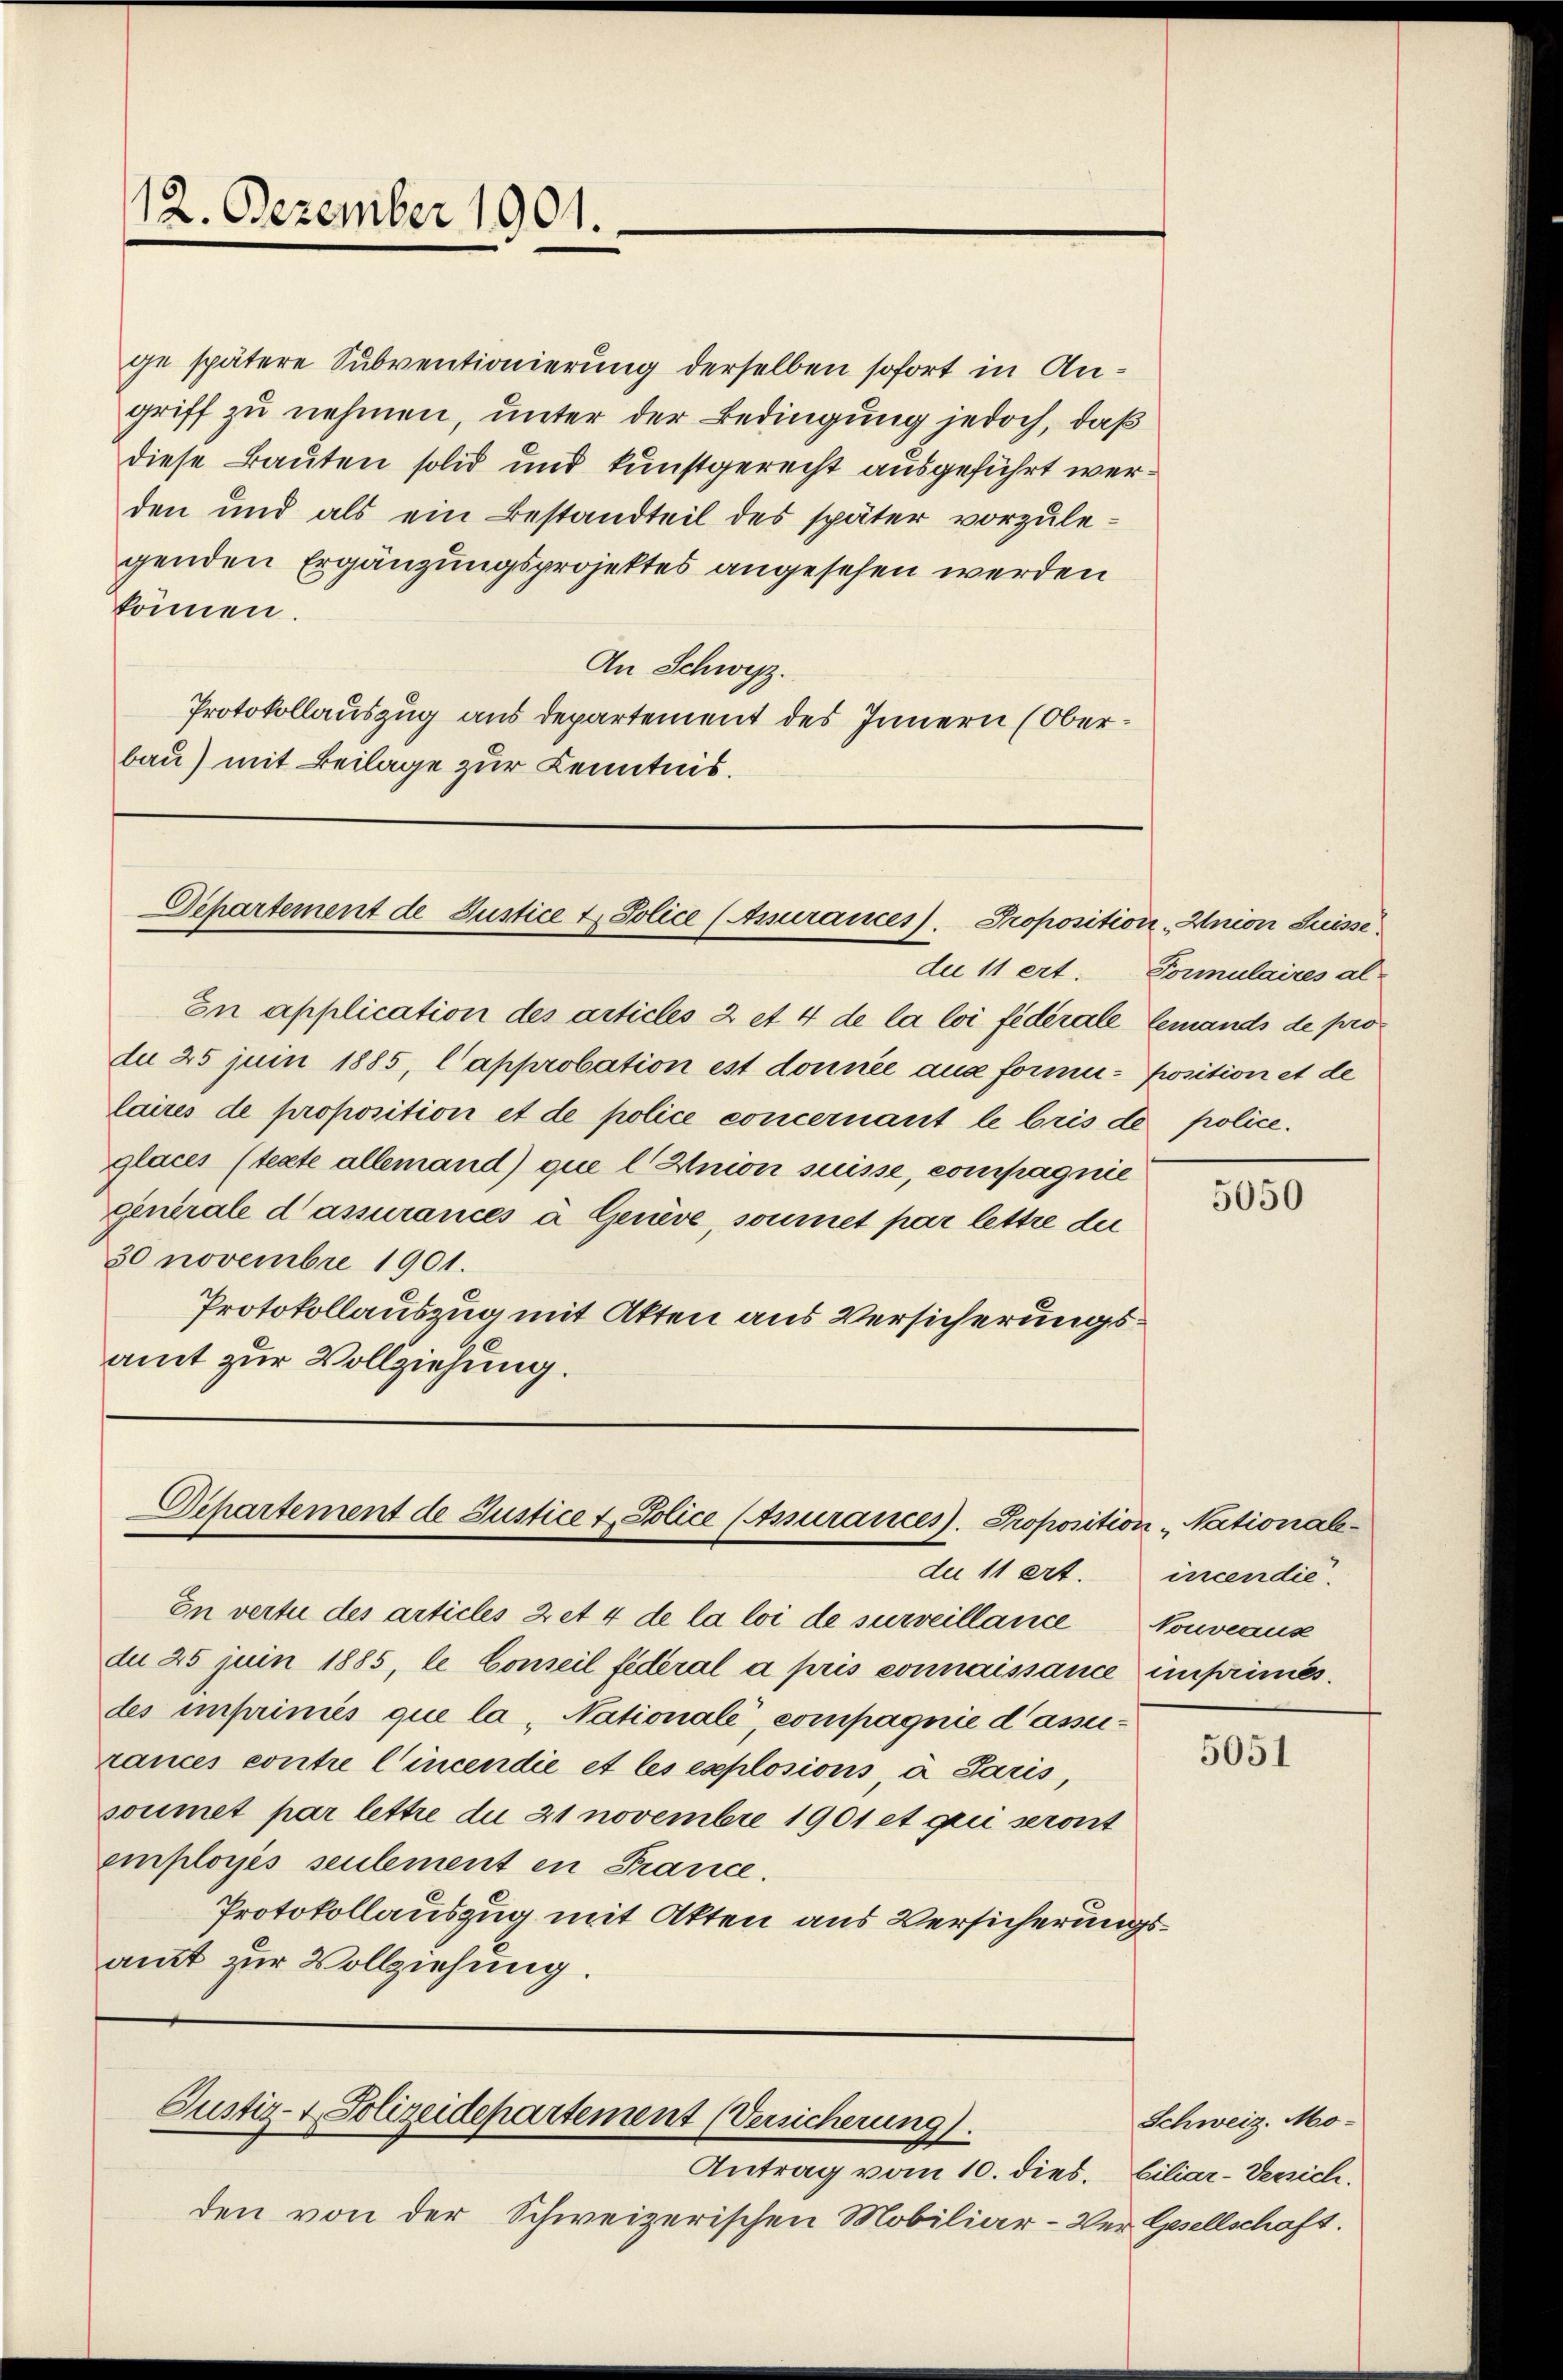
12. Dezember 1901.

ge spätere Subventionierung derselben sofort in Angriff zu nehmen, unter der Bedingung jedoch, daß
diese Bauten solid und kunstgerecht ausgeführt werden und als ein Bestandteil des später vorzulegenden Ergänzungsprojektes angesehen werden
können.
An Schwyz.
Protokollauszug aus departement des Innern (Oberbau) mit Beilage zur Kenntnis.

Departement de Justice u. Police (Anurances). Proposition, Anion Suisse

En application des articles 2 et 4 de la loi fédérale lemands de pro
du 25 Juin 1885, Capprobation ist donnée aus forme position et de
laires de proposition et de police concernant le bris de
glaces (texte allemand) que l Union suisse, compagnie
generale d’assurances à Genève, soumet par lettre du
30 novembre 1901.
Protokollauszug mit Akten aus Versicherungsamt zur Vollziehung.

Departement de Justice u. Police (Assurances. Proposition Nationalede 11 ert. incendie

In vertu des articles 2 et 4 de la loi de surveillance Nouveaus
du 25 juin 1885, le Conseil fédéral a pris connaissance imprimés.
des imprimis que la „Nationale, compagnie dasserances contre Cincendie et les explosions, à Paris,
soumet par lettre du 21 novembre 1901 et qui seront
employés seulement in France.
Protokollauszug mit Akten aus Versicherungsamt zur Vollziehung.

Justiz- & Polizeidepartement (Versicherung.

Antrag vom 10. dies. Ciliar-Versich.
den von der Schweizerischen Mobiliar-Ver Gesellschaft.

du 11 ert. Formulaires al
police.

5050

5051

Schweiz. Mo-